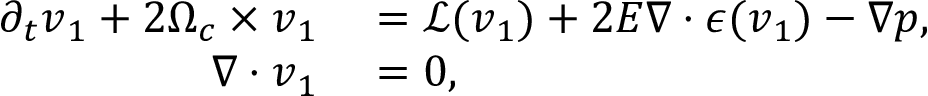
\begin{array} { r l } { \partial _ { t } \boldsymbol { v } _ { 1 } + 2 \boldsymbol { \Omega } _ { c } \times \boldsymbol { v } _ { 1 } } & { { } = \boldsymbol { \mathcal { L } } ( \boldsymbol { v } _ { 1 } ) + 2 E \nabla \boldsymbol { \cdot } \boldsymbol { \epsilon } ( \boldsymbol { v } _ { 1 } ) - \nabla p , } \\ { \nabla \boldsymbol { \cdot } \boldsymbol { v } _ { 1 } } & { { } = 0 , } \end{array}